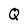
Character: Q